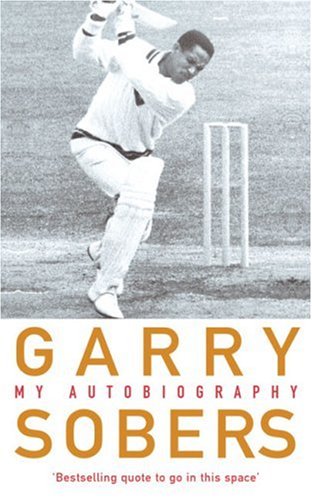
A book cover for Garry Sobers: My Autobiography; Garry Sobers; Sports & Outdoors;